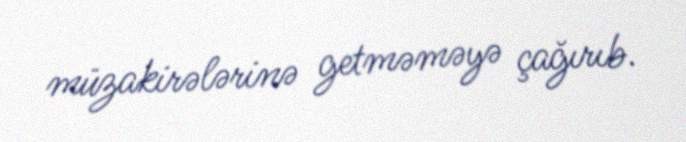
müzakirələrinə getməməyə çağırıb.